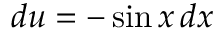
d u = - \sin x \, d x